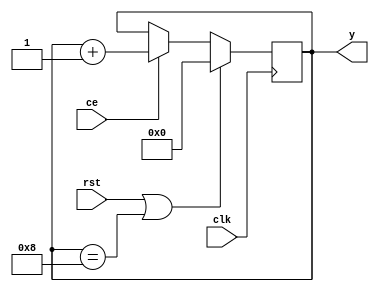
`timescale 1ns / 1ps

module zad2 #
    (
        parameter N = 8,
        parameter WIDTH = $clog2(N)
    )
    (
        input clk,
        input ce,
        input rst,
        output [WIDTH:0]y
    );
    reg [WIDTH:0]val=1'b0;  
    always @(posedge clk)
    begin
        if(rst || val==N) val<=1'b0;
        else
            if(ce) val<=val+1;
            else val<=val;
    
    end
    assign y=val;
endmodule